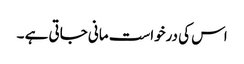
اس کی درخواست مانی جاتی ہے ۔